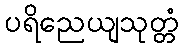
ပရိညေယျသုတ္တံ